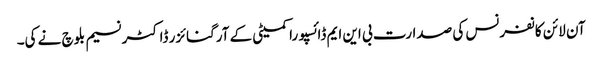
آن لائن کانفرنس کی صدارت بی این ایم ڈائسپورا کمیٹی کے آرگنائزر ڈاکٹر نسیم بلوچ نے کی۔